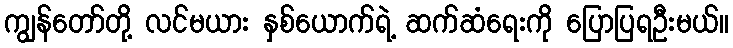
ကျွန်တော်တို့ လင်မယား နှစ်ယောက်ရဲ့ ဆက်ဆံရေးကို ပြောပြရဦးမယ်။